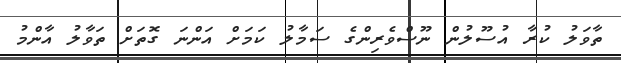
ތާވަލު ކުރާ އުސޫލުން ނޫސްވެރިންގެ ސަމާލު ކަމަށް އަންނަ ގޮތަށް ތަވާލު އާންމު